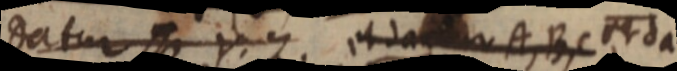
datur Y. Z. et dantur A, B, C et da